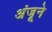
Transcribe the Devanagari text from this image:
अंजूने